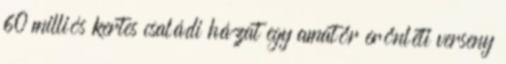
60 milliós kertes családi házat egy amatőr erőnléti verseny